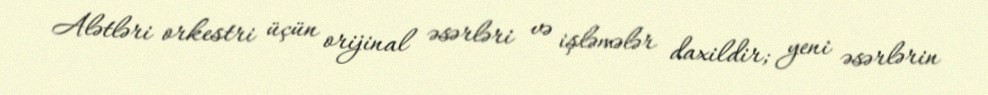
Alətləri orkestri üçün orijinal əsərləri və işləmələr daxildir; yeni əsərlərin